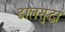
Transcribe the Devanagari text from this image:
ढालसुद्धा